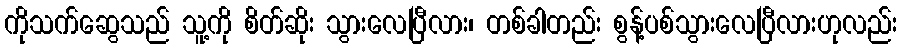
ကိုသက်ဆွေသည် သူ့ကို စိတ်ဆိုး သွားလေပြီလား၊ တစ်ခါတည်း စွန့်ပစ်သွားလေပြီလားဟုလည်း